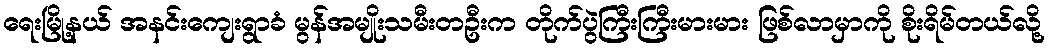
ရေးမြို့နယ် အနင်းကျေးရွာခံ မွန်အမျိုးသမီးတဦးက တိုက်ပွဲကြီးကြီးမားမား ဖြစ်လာမှာကို စိုးရိမ်တယ်လို့